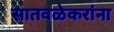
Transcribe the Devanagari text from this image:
सातवळेकरांना